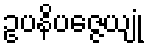
ဥပနိပဇ္ဇေယျုံ